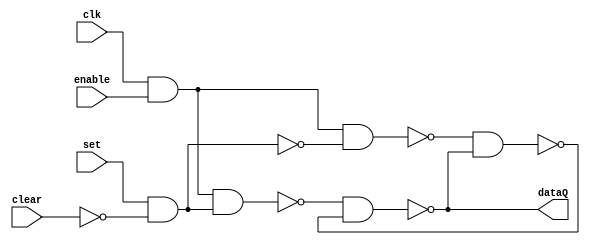
//Universidad Galileo
//Rodrigo Cordero
//Kevin Hernandez

//Semi flip flop tipo RS, modificado y ajustado para este procesador
module flip_flop_RS(clk, enable, set, clear, dataQ);
  input clk, set, clear, enable;
  output dataQ;
  wire aux1, aux2, aux3, aux4, trueSignal, allowWrite, tsn, clearN; //tsn = true signal negado, clearN = clear negado
  
  not(tsn, trueSignal);
  not(clearN, clear);
  
  and(allowWrite, clk, enable);
  and(trueSignal, set, clearN);
  
  nand(aux1, allowWrite, trueSignal);
  nand(aux2, allowWrite, tsn);
  nand(aux3, aux1, aux4);
  nand(aux4, aux2, aux3);
  assign dataQ = aux3;
endmodule

module registro32_bits(clk, enable, in, clear, out);
  input clk, enable, clear;
  input [31:0] in;
  output [31:0] out;
  
  flip_flop_RS ffrs0(clk, enable, in[0], clear, out[0]);
  flip_flop_RS ffrs1(clk, enable, in[1], clear, out[1]);
  flip_flop_RS ffrs2(clk, enable, in[2], clear, out[2]);
  flip_flop_RS ffrs3(clk, enable, in[3], clear, out[3]);
  flip_flop_RS ffrs4(clk, enable, in[4], clear, out[4]);
  flip_flop_RS ffrs5(clk, enable, in[5], clear, out[5]);
  flip_flop_RS ffrs6(clk, enable, in[6], clear, out[6]);
  flip_flop_RS ffrs7(clk, enable, in[7], clear, out[7]);
  flip_flop_RS ffrs8(clk, enable, in[8], clear, out[8]);
  flip_flop_RS ffrs9(clk, enable, in[9], clear, out[9]);
  flip_flop_RS ffrs10(clk, enable, in[10], clear, out[10]);
  flip_flop_RS ffrs11(clk, enable, in[11], clear, out[11]);
  flip_flop_RS ffrs12(clk, enable, in[12], clear, out[12]);
  flip_flop_RS ffrs13(clk, enable, in[13], clear, out[13]);
  flip_flop_RS ffrs14(clk, enable, in[14], clear, out[14]);
  flip_flop_RS ffrs15(clk, enable, in[15], clear, out[15]);
  flip_flop_RS ffrs16(clk, enable, in[16], clear, out[16]);
  flip_flop_RS ffrs17(clk, enable, in[17], clear, out[17]);
  flip_flop_RS ffrs18(clk, enable, in[18], clear, out[18]);
  flip_flop_RS ffrs19(clk, enable, in[19], clear, out[19]);
  flip_flop_RS ffrs20(clk, enable, in[20], clear, out[20]);
  flip_flop_RS ffrs21(clk, enable, in[21], clear, out[21]);
  flip_flop_RS ffrs22(clk, enable, in[22], clear, out[22]);
  flip_flop_RS ffrs23(clk, enable, in[23], clear, out[23]);
  flip_flop_RS ffrs24(clk, enable, in[24], clear, out[24]);
  flip_flop_RS ffrs25(clk, enable, in[25], clear, out[25]);
  flip_flop_RS ffrs26(clk, enable, in[26], clear, out[26]);
  flip_flop_RS ffrs27(clk, enable, in[27], clear, out[27]);
  flip_flop_RS ffrs28(clk, enable, in[28], clear, out[28]);
  flip_flop_RS ffrs29(clk, enable, in[29], clear, out[29]);
  flip_flop_RS ffrs30(clk, enable, in[30], clear, out[30]);
  flip_flop_RS ffrs31(clk, enable, in[31], clear, out[31]);
endmodule